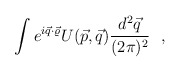
\begin{align*}\int e^{i\vec q\cdot \vec\varrho}U(\vec p,\vec q) \frac{d^2 \vec q }{(2\pi)^2}~~,\end{align*}